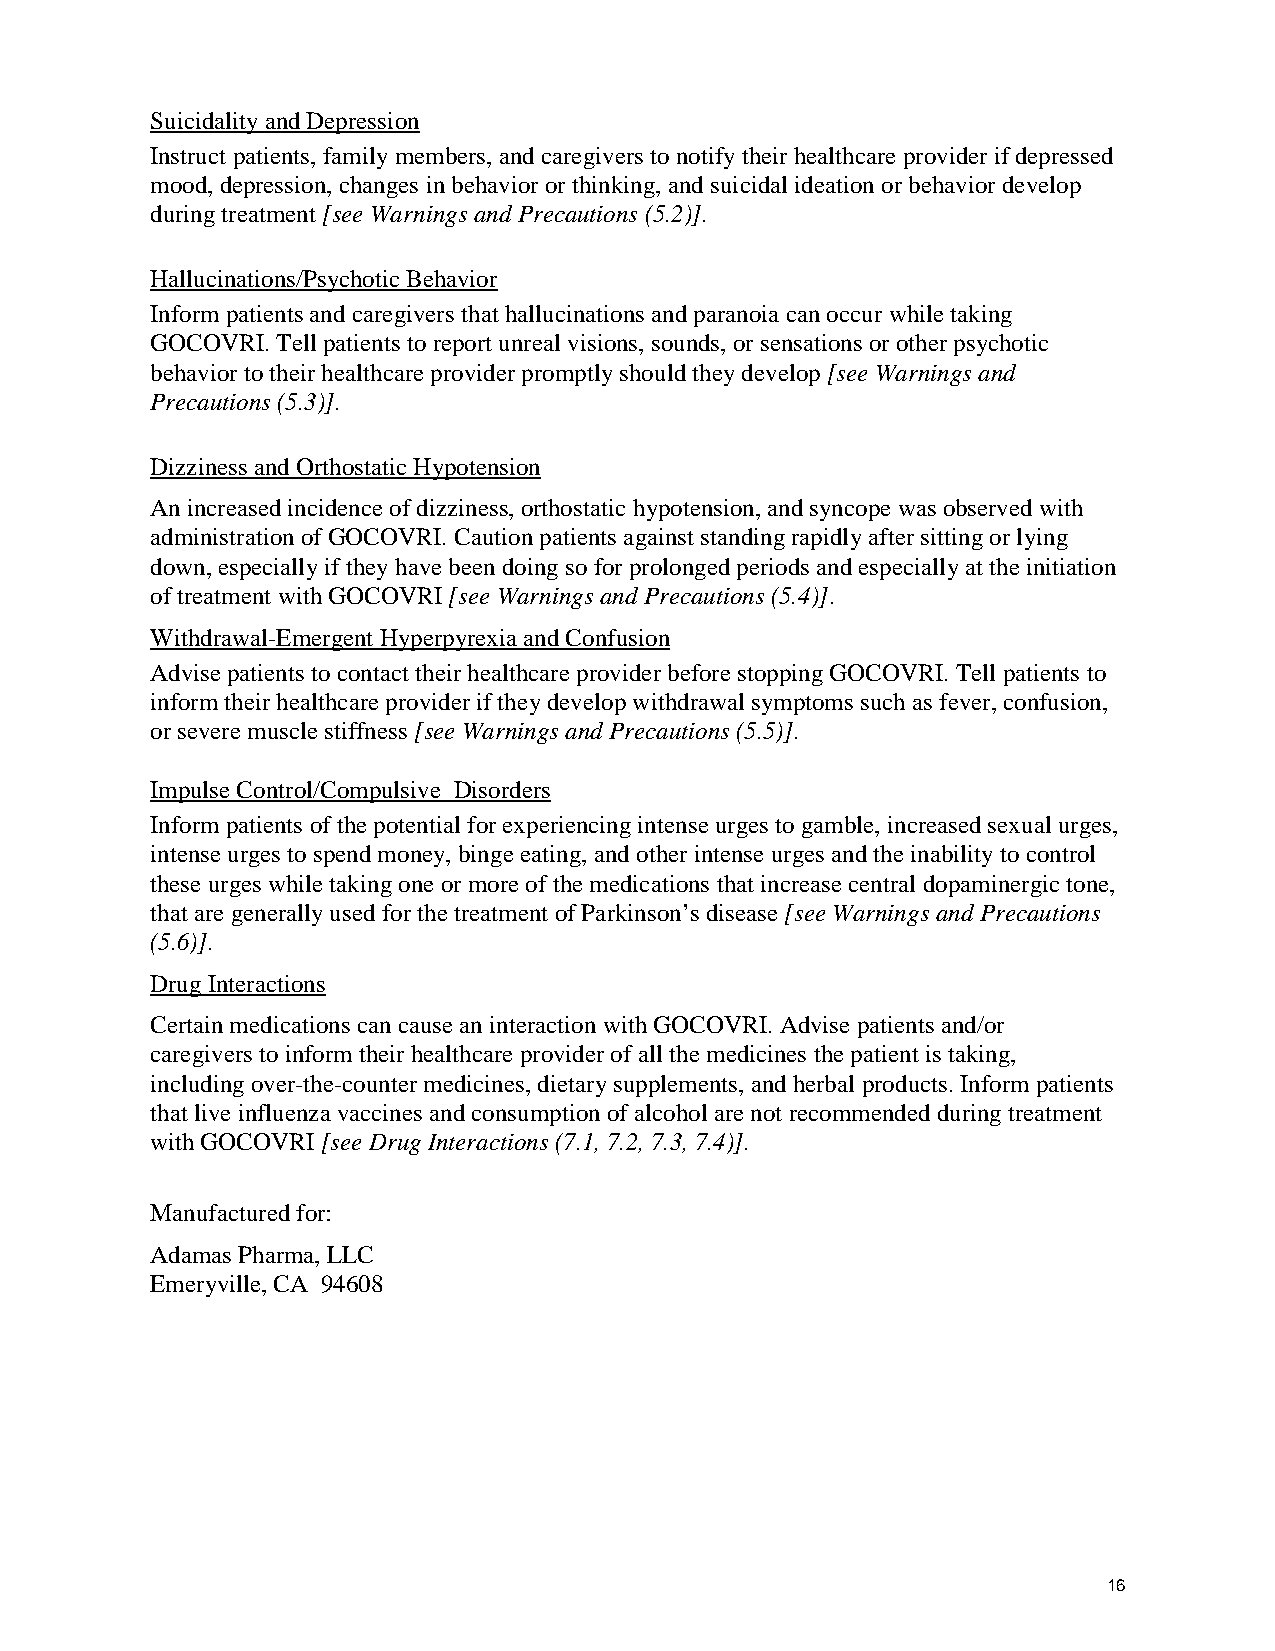
Suicidality and Depression
 Instruct patients, family members, and caregivers to notify their healthcare provider if depressed
 mood, depression, changes in behavior or thinking, and suicidal ideation or behavior develop
 during treatment [see Warnings and Precautions (5.2)].
 Hallucinations/Psychotic Behavior
 Inform patients and caregivers that hallucinations and paranoia can occur while taking
 GOCOVRI. Tell patients to report unreal visions, sounds, or sensations or other psychotic
 behavior to their healthcare provider promptly should they develop [see Warnings and
 Precautions (5.3)].
 Dizziness and Orthostatic Hypotension
 An increased incidence of dizziness, orthostatic hypotension, and syncope was observed with
 administration of GOCOVRI. Caution patients against standing rapidly after sitting or lying
 down, especially if they have been doing so for prolonged periods and especially at the initiation
 of treatment with GOCOVRI [see Warnings and Precautions (5.4)].
 Withdrawal-Emergent Hyperpyrexia and Confusion
 Advise patients to contact their healthcare provider before stopping GOCOVRI. Tell patients to
 inform their healthcare provider if they develop withdrawal symptoms such as fever, confusion,
 or severe muscle stiffness [see Warnings and Precautions (5.5)].
 Impulse Control/Compulsive Disorders
 Inform patients of the potential for experiencing intense urges to gamble, increased sexual urges,
 intense urges to spend money, binge eating, and other intense urges and the inability to control
 these urges while taking one or more of the medications that increase central dopaminergic tone,
 that are generally used for the treatment of Parkinson’s disease [see Warnings and Precautions
 (5.6)].
 Drug Interactions
 Certain medications can cause an interaction with GOCOVRI. Advise patients and/or
 caregivers to inform their healthcare provider of all the medicines the patient is taking,
 including over-the-counter medicines, dietary supplements, and herbal products. Inform patients
 that live influenza vaccines and consumption of alcohol are not recommended during treatment
 with GOCOVRI [see Drug Interactions (7.1, 7.2, 7.3, 7.4)].
 Manufactured for:
 Adamas Pharma, LLC
 Emeryville, CA 94608
 16